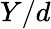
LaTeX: Y/d